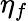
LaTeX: \eta_{f}